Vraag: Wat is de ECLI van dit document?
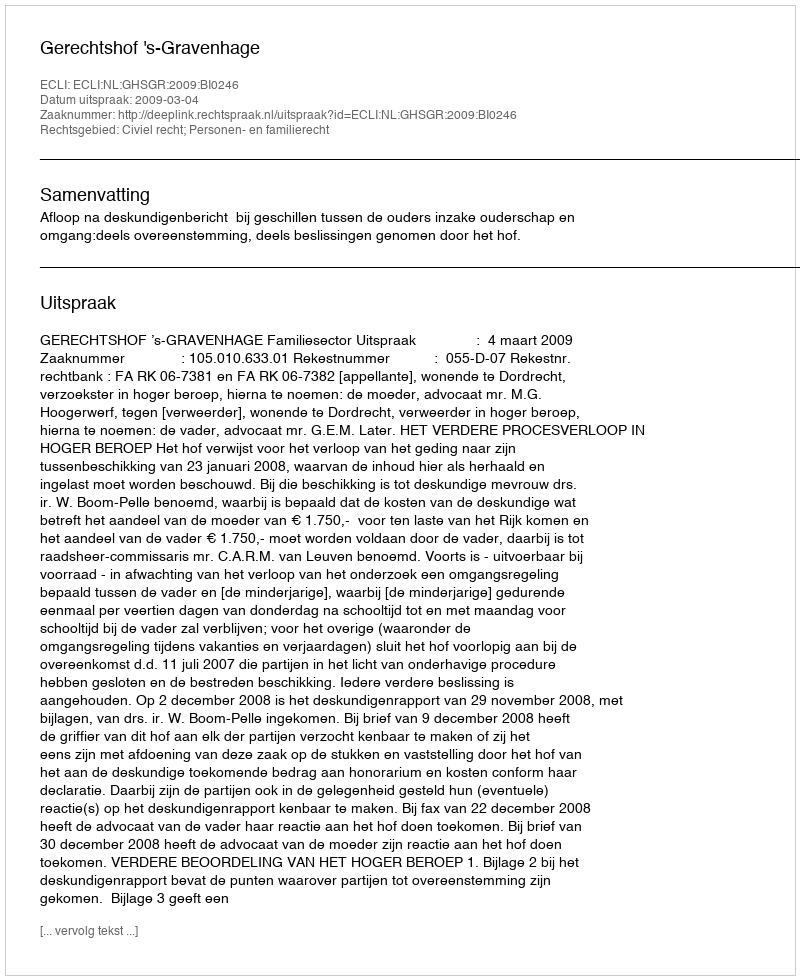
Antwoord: ECLI:NL:GHSGR:2009:BI0246